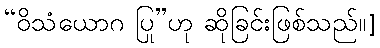
“ဝိသံယောဂ ပြု”ဟု ဆိုခြင်းဖြစ်သည်။]